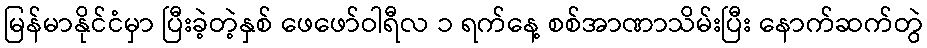
မြန်မာနိုင်ငံမှာ ပြီးခဲ့တဲ့နှစ် ဖေဖော်ဝါရီလ ၁ ရက်နေ့ စစ်အာဏာသိမ်းပြီး နောက်ဆက်တွဲ